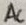
Text: AC